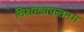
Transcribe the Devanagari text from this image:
विशाखापत्‍तनम